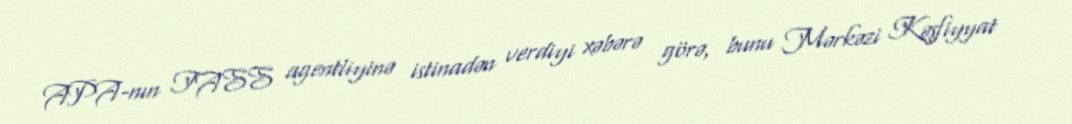
APA-nın TASS agentliyinə istinadən verdiyi xəbərə görə, bunu Mərkəzi Kəşfiyyat